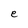
Character: e